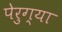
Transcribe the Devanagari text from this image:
पेरुग्या